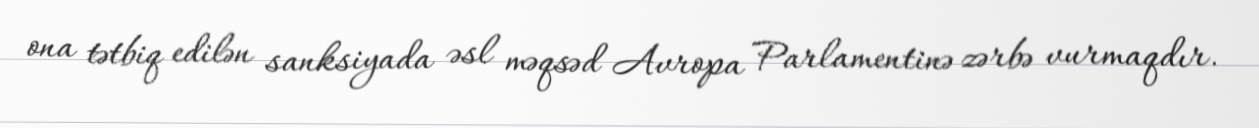
ona tətbiq edilən sanksiyada əsl məqsəd Avropa Parlamentinə zərbə vurmaqdır.